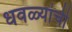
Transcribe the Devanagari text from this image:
धवळ्यांची